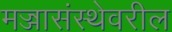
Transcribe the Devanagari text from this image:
मज्जासंस्थेवरील